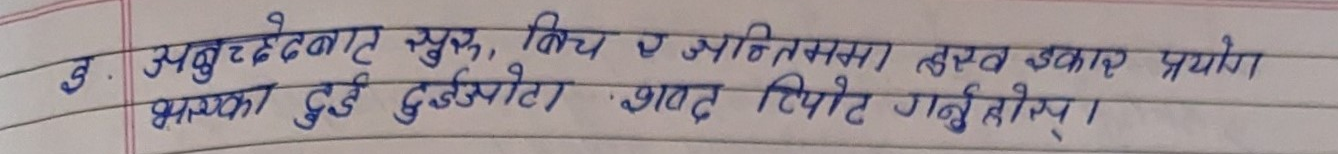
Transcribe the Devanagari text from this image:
ङ. अनुच्छेदबाट सुरु, बिच र अन्तिममा हस्व इकार प्रयोग
भएका दुई दुईओटा शब्द रियोट गर्नुहोस ।